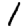
Digit: 1